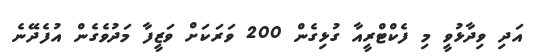
އަދި ވިދާޅުވީ މި ފެކްޓްރީއާ ގުޅިގެން 200 ވަރަކަށް ވަޒީފާ މަދުވެެގެން އުފެދޭނެ